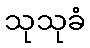
သုသုခံ